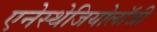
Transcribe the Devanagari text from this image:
एनेस्थेजियोलॉजी